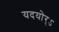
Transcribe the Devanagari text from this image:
यदयोर्ऽ